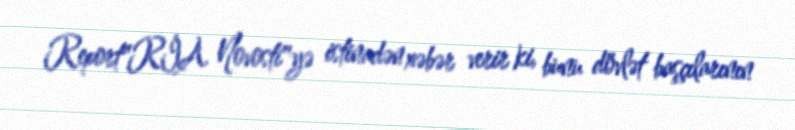
Report"RİA Novosti"yə istinadən xəbər verir ki, bunu dövlət başçılarının